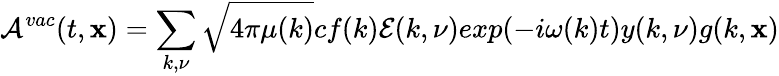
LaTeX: {\cal A}^{vac}(t,{\mathbf x})=\sum_{k,\nu}\sqrt{4\pi\mu(k)}cf(k){\cal E}(k,\nu)exp(-i\omega(k)t)y(k,\nu)g(k,{\mathbf x})